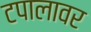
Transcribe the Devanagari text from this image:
टपालावर